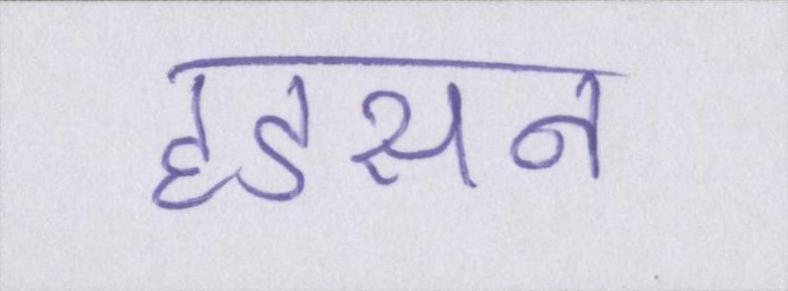
हडसन